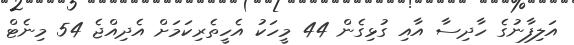
އަލިފާނުގެ ހާދިސާ އާއި ގުޅިގެން 44 މީހަކު އެހީތެރިކަމަށް އެދިއްޖެ 54 މިނެޓް